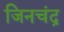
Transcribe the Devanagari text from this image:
जिनचंद्र